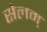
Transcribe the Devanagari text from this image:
सेलम्